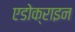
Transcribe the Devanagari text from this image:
एडोक्राइन